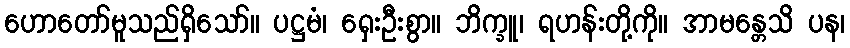
ဟောတော်မူသည်ရှိသော်။ ပဋ္ဌမံ၊ ရှေးဦးစွာ။ ဘိက္ခူ၊ ရဟန်းတို့ကို။ အာမန္တေသိ ပန၊